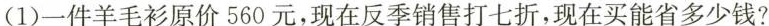
（1）一件羊毛衫原价560元，现在反季销售打七折，现在买能省多少钱？